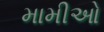
મામીઓ